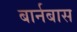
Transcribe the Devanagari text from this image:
बार्नबास